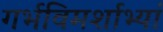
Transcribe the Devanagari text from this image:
गर्भविमर्शाभ्यां